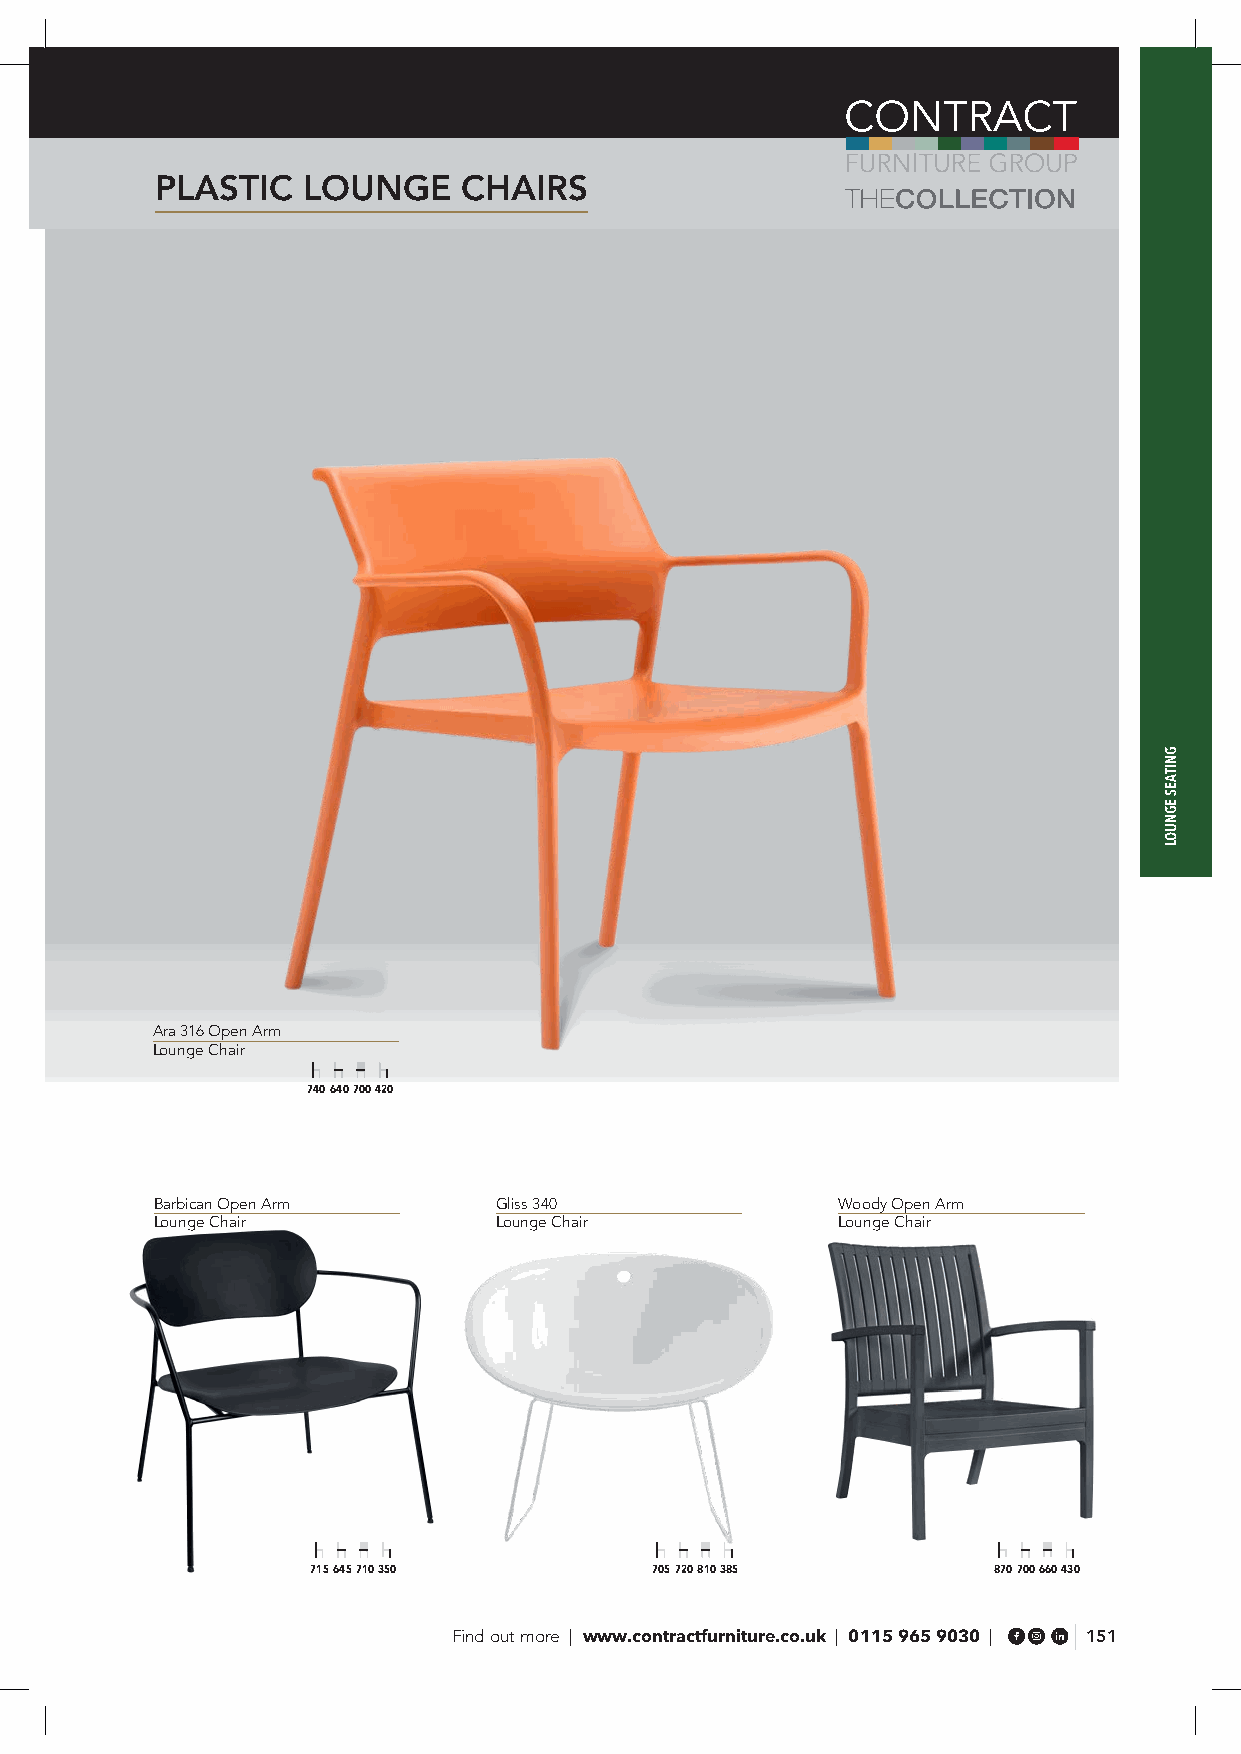
PLASTIC   LOUNGE     CHAIRS
 Ara 316 Open Arm
 Lounge Chair
 740 640 700 420
 Barbican Open Arm      Gliss 340             Woody Open Arm
 Lounge Chair           Lounge Chair          Lounge Chair
 715 645 710 350       705 720 810 385        870 700 660 430
 Find out more | www.contractfurniture.co.uk | 0115 965 9030 | 151
 GNITAES
 EGNUOL